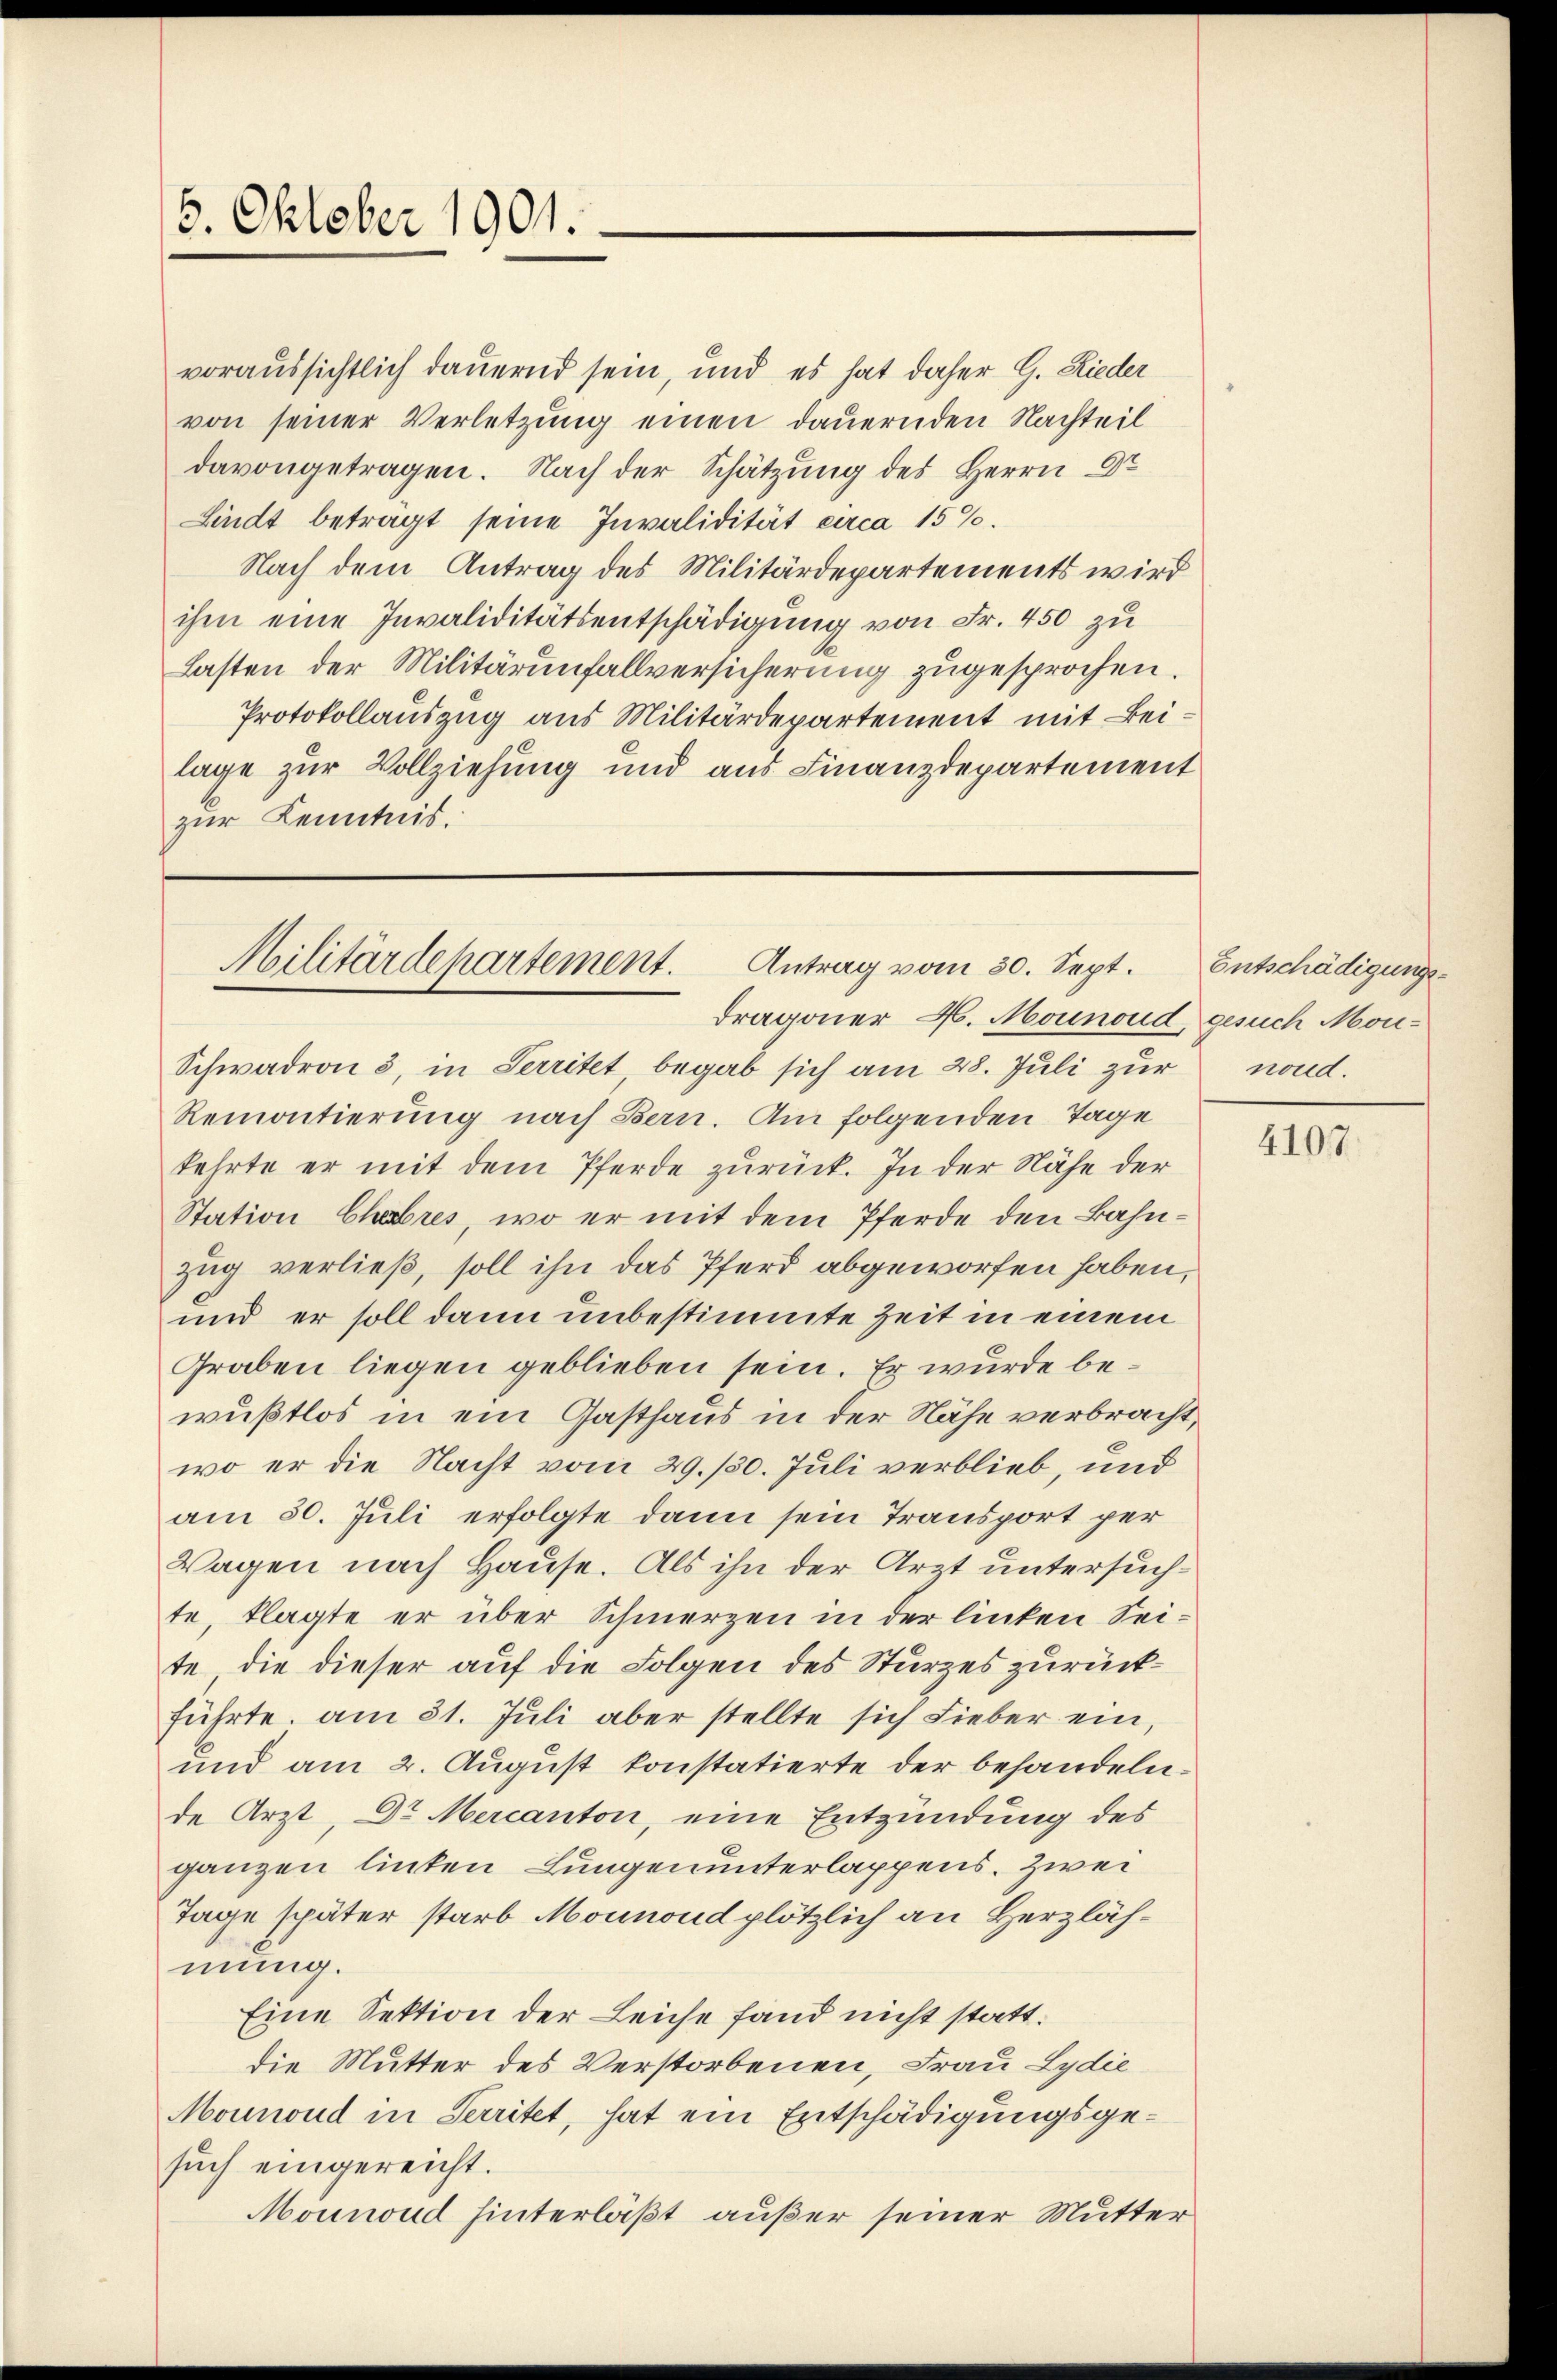
6. Oktober 1901.

voraussichtlich dauernd sein, und es hat daher G. Rieder
von seiner Verletzung einen dauernden Nachteil
davongetragen. Nach der Schätzung des Herrn Dr
Lindt betragt seine Invalidität circa 15%.
Nach dem Antrag des Militärdepartements wird
ihm eine Invaliditätsentschädigung von Fr. 450 zu
Lasten der Militärunfallversicherung zugesprochen.
Protokollauszug aus Militärdepartement mit Beilage zur Vollziehung und aus Finanzdepartement
zur Kenntnis.

Militärdepartement.
Antrag vom 30. Sept.

dragoner H. Mounoud, gesuch Mon¬
Schwadron 3, in Territet, begab sich am 28. Juli zur nond.
Remontierung nach Bern. Am folgenden Tage
kehrte er mit dem Pferde zurück. In der Nähe der
Station Chebres, wo er mit dem Pferde den Bahnzug verließ, soll ihn das Pferd abgeworfen haben,
und er soll dann unbestimmte Zeit in einem
Graben liegen geblieben sein. Er wurde bewußtlos in ein Gasthaus in der Nähe verbracht,
wo er die Nacht vom 29./30. Juli verblieb, und
am 30. Juli erfolgte dann sein Transport per
Wagen nach Hause. Als ihn der Arzt untersuchte, klagte er über Schmerzen in der linken Seite, die dieser auf die Folgen des Sturzes zurückführte. am 31. Jŭli aber stellte sich Lieber ein,
und am 2. August konstatierte der behandeln.
de Arzt, Dr. Mercanton, eine Entzündung des
ganzen linken Lungen unterlappens. Zwei
Tage später starb Mounoud plötzlich an Herzlähmung.
Eine Sektion der Leiche fand nicht statt.
die Mutter des Verstorbenen, Frau Lydie
Mounoud in Territet, hat ein Entschädigungsgesuch eingereicht.
Mounond hinterläßt, außer seiner Mutter

Entschädigungs¬

4107.